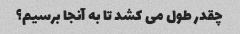
چقدر طول می کشد تا به آنجا برسیم؟